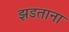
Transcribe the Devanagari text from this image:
झडताना